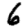
Digit: 6